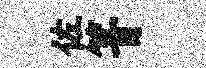
佐箐